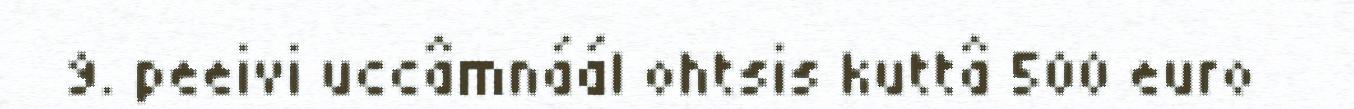
9. peeivi uccâmnáál ohtsis kuttâ 500 euro